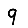
Digit: 9